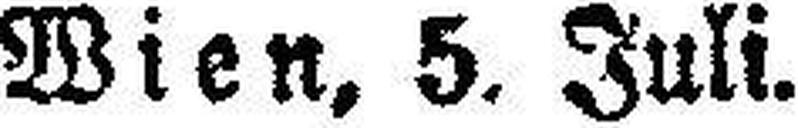
Wien, 5. Juli.